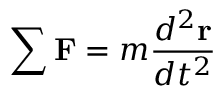
\sum \mathbf { F } = m { \frac { d ^ { 2 } \mathbf { r } } { d t ^ { 2 } } }